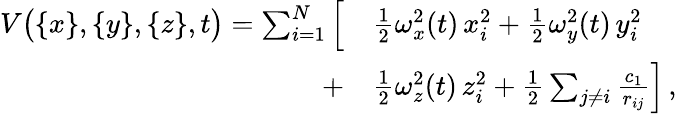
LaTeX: \begin{array}{rl}{V\big(\{ x\} ,\{ y\} ,\{ z\} ,t\big)=\sum_{i=1}^{N}\Big[}&{{\textstyle\frac{1}{2}}\omega_{x}^{2}(t)\, x_{i}^{2}+{\textstyle\frac{1}{2}}\omega_{y}^{2}(t)\, y_{i}^{2}}\\ {+}&{{\textstyle\frac{1}{2}}\omega_{z}^{2}(t)\, z_{i}^{2}+{\textstyle\frac{1}{2}}\sum_{j\ne i}\frac{c_{1}}{r_{ij}}\Big]\, ,}\end{array}